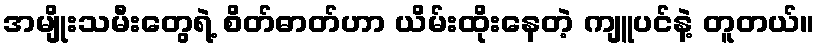
အမျိုးသမီးတွေရဲ့ စိတ်ဓာတ်ဟာ ယိမ်းထိုးနေတဲ့ ကျူပင်နဲ့ တူတယ်။